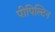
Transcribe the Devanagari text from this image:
पीपिल्टिन